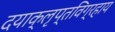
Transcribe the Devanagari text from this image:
दयाक्लृप्तविग्रहाय